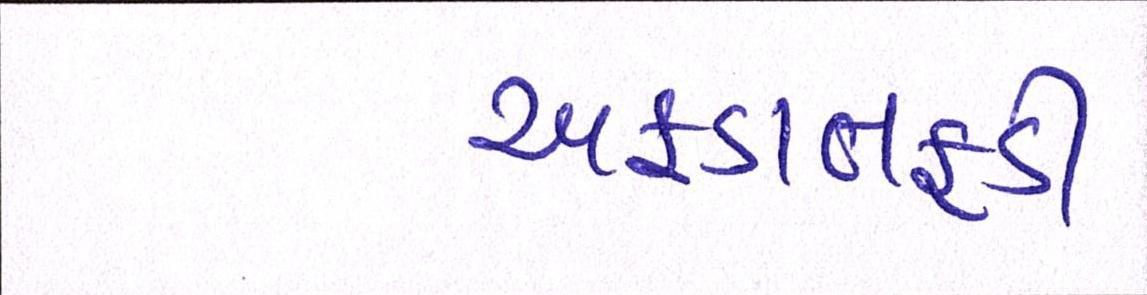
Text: અફડાતફડી